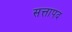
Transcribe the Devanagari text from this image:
सत्तापद